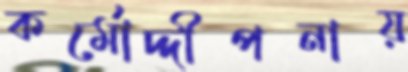
কর্মোদ্দীপনায়